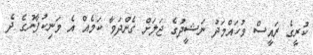
ކުރީގެ ރައީސް މުހައްމަދު ނަޝީދުގެ ޖަލަށް ގެންދަވާ ކަމެއް އެ މަނިކުފާނުގެ ދެ